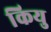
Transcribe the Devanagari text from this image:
कियु